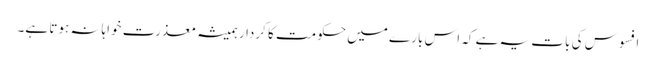
افسوس کی بات یہ ہے کہ اس بارے میں حکومت کا کردار ہمیشہ معذرت خواہانہ ہوتا ہے۔